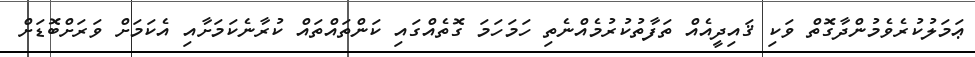
ޢަމަލުކުރެވެމުންދާގޮތް ވަކި ޤައިދީއެއް ތަފާތުކުރުމެއްނެތި ހަމަހަމަ ގޮތެއްގައި ކަންތައްތައް ކުރާނެކަމަށާއި އެކަމަށް ވަރަށްބޮޑަށް